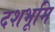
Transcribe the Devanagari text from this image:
दशभूमि